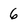
Character: 6